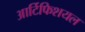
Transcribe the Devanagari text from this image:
आर्टिफिशयल